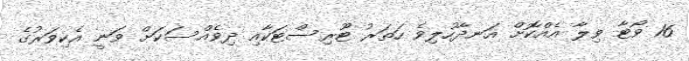
16 ވޯޓާ ވިލާ އެއްކޮށް އަނދާހުލިވެ ހަތަރު ޓޫރިސްޓަކާއި ދިވެއްސަކަށް ވަނީ އެކިވަރުގެ